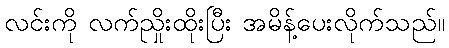
လင်းကို လက်ညှိုးထိုးပြီး အမိန့်ပေးလိုက်သည်။